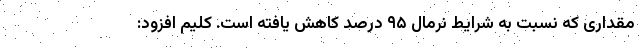
مقداری که نسبت به شرایط نرمال ۹۵ درصد کاهش یافته است. کلیم افزود: